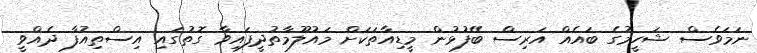
ނަމަވެސް ޝަހީމުގެ ބައެއް އަރިސް ބޭފުޅުން މީޑިއާތަކަށް މައުލޫމާތުދީފައިވާ ގޮތުގައި އިސްތިއުފާ ދެއްވީ